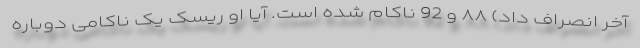
آخر انصراف داد) ۸۸ و 92 ناکام شده است. آیا او ریسک یک ناکامی دوباره